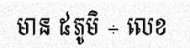
មាន ៥ភូមិ ÷ លេខ